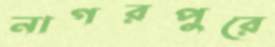
নাগরপুরে